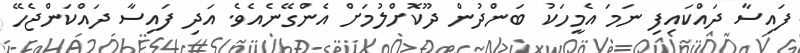
ފައިސާ ދައްކައިފި ނަމަ އެމީހަކު ބަންދުން ދޫކޮށްލުމަށް އެންގޭނެއެވެ. އަދި ފައިސާ ދައްކަންޖެހޭ